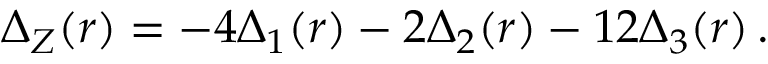
\Delta _ { Z } ( r ) = - 4 \Delta _ { 1 } ( r ) - 2 \Delta _ { 2 } ( r ) - 1 2 \Delta _ { 3 } ( r ) \, .